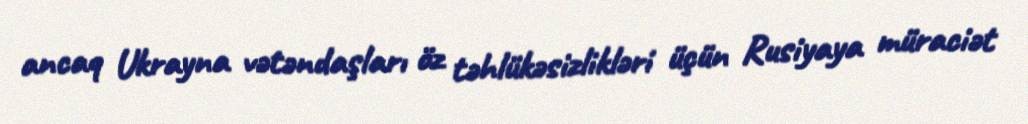
ancaq Ukrayna vətəndaşları öz təhlükəsizlikləri üçün Rusiyaya müraciət